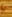
و